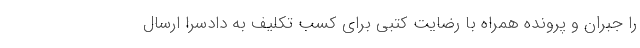
را جبران و پرونده همراه با رضایت کتبی برای کسب تکلیف به دادسرا ارسال